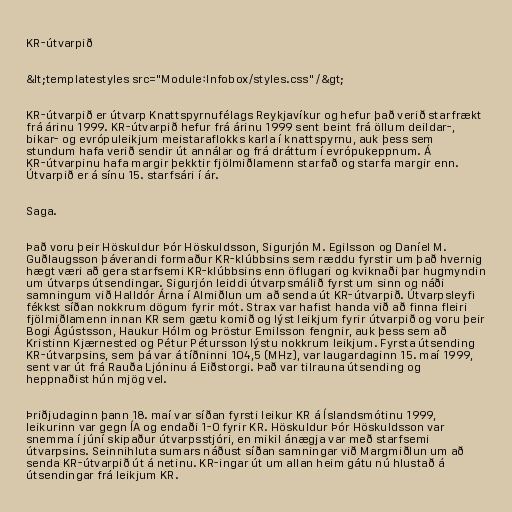
KR-útvarpið

&lt;templatestyles src="Module:Infobox/styles.css" /&gt;

KR-útvarpið er útvarp Knattspyrnufélags Reykjavíkur og hefur það verið starfrækt
frá árinu 1999. KR-útvarpið hefur frá árinu 1999 sent beint frá öllum deildar-,
bikar- og evrópuleikjum meistaraflokks karla í knattspyrnu, auk þess sem
stundum hafa verið sendir út annálar og frá dráttum í evrópukeppnum. Á
KR-útvarpinu hafa margir þekktir fjölmiðlamenn starfað og starfa margir enn.
Útvarpið er á sínu 15. starfsári í ár.

Saga.

Það voru þeir Höskuldur Þór Höskuldsson, Sigurjón M. Egilsson og Daníel M.
Guðlaugsson þáverandi formaður KR-klúbbsins sem ræddu fyrstir um það hvernig
hægt væri að gera starfsemi KR-klúbbsins enn öflugari og kviknaði þar hugmyndin
um útvarps útsendingar. Sigurjón leiddi útvarpsmálið fyrst um sinn og náði
samningum við Halldór Árna í Almiðlun um að senda út KR-útvarpið. Útvarpsleyfi
fékkst síðan nokkrum dögum fyrir mót. Strax var hafist handa við að finna fleiri
fjölmiðlamenn innan KR sem gætu komið og lýst leikjum fyrir útvarpið og voru þeir
Bogi Ágústsson, Haukur Hólm og Þröstur Emilsson fengnir, auk þess sem að
Kristinn Kjærnested og Pétur Pétursson lýstu nokkrum leikjum. Fyrsta útsending
KR-útvarpsins, sem þá var á tíðninni 104,5 (MHz), var laugardaginn 15. maí 1999,
sent var út frá Rauða Ljóninu á Eiðstorgi. Það var tilrauna útsending og
heppnaðist hún mjög vel.

Þriðjudaginn þann 18. maí var síðan fyrsti leikur KR á Íslandsmótinu 1999,
leikurinn var gegn ÍA og endaði 1-0 fyrir KR. Höskuldur Þór Höskuldsson var
snemma í júní skipaður útvarpsstjóri, en mikil ánægja var með starfsemi
útvarpsins. Seinnihluta sumars náðust síðan samningar við Margmiðlun um að
senda KR-útvarpið út á netinu. KR-ingar út um allan heim gátu nú hlustað á
útsendingar frá leikjum KR.